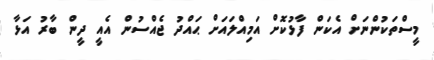
މީސްތަކުންނަށް އެކަން ފާޅުކޮށް އަމިއްލައަށް ޙައްދު ޖެއްސުން އެއީ ދީން ބާރު އަޅާ